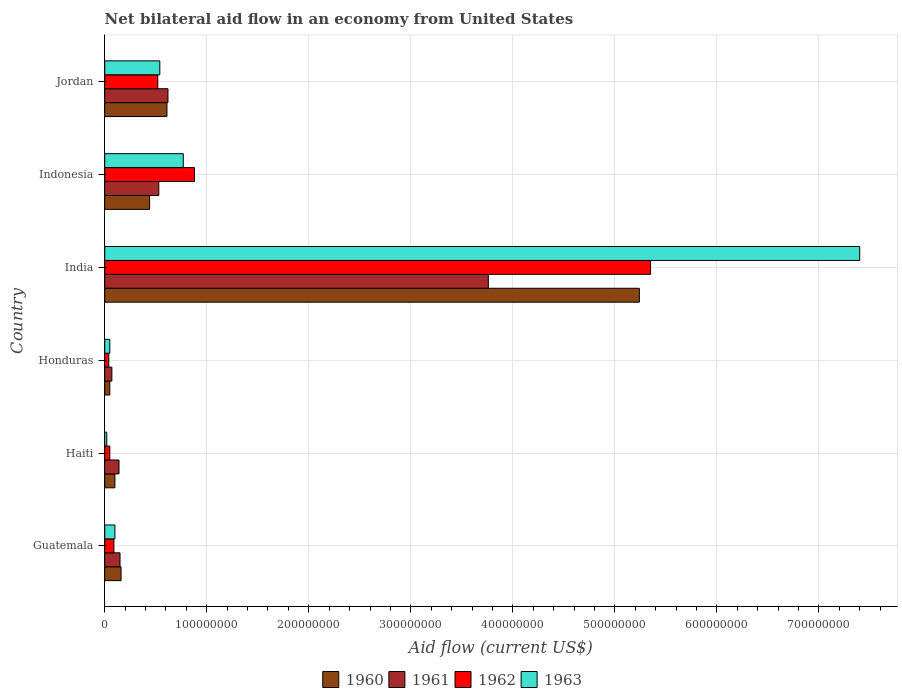
| Country | 1960 | 1961 | 1962 | 1963 |
 | --- | --- | --- | --- | --- |
 | Guatemala | 1.6e+07 | 1.5e+07 | 9e+06 | 1e+07 |
 | Haiti | 1e+07 | 1.4e+07 | 5e+06 | 2e+06 |
 | Honduras | 5e+06 | 7e+06 | 4e+06 | 5e+06 |
 | India | 5.24e+08 | 3.76e+08 | 5.35e+08 | 7.4e+08 |
 | Indonesia | 4.4e+07 | 5.3e+07 | 8.8e+07 | 7.7e+07 |
 | Jordan | 6.1e+07 | 6.2e+07 | 5.2e+07 | 5.4e+07 |